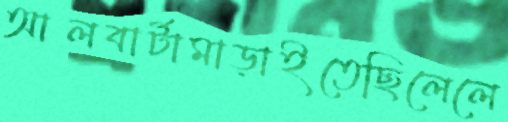
আলবার্টামাড়াইতেছিলেলে